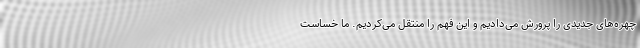
چهره‌های جدیدی را پرورش می‌دادیم و این فهم را منتقل می‌کردیم. ما خساست